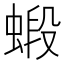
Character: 𧎚